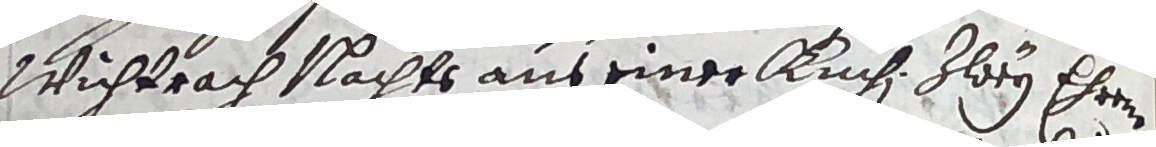
Wichprach nachts aus einer kichi zley ehren